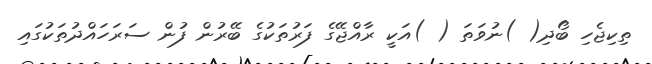
ތިކިޖެހި ބޯދި( )ނުވަތަ ( )އަކީ ރާއްޖޭގެ ފަރުތަކުގެ ބޭރުން ފުން ސަރަހައްދުތަކުގައި